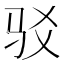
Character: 驳